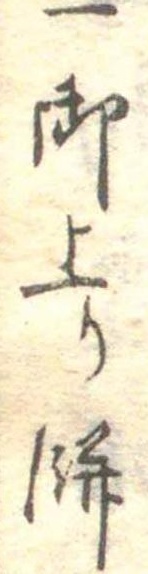
一御上り餅